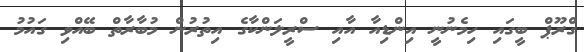
ގްރޫޕް ބީގައި ހިމެނުނީ އިންޑިއާ އާއި ސްރީލަންކާގެ އިތުރުން މުބާރާތް ބޭއްވި ގައުމު